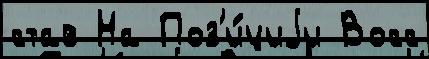
став На Поз'и́циjи Восс